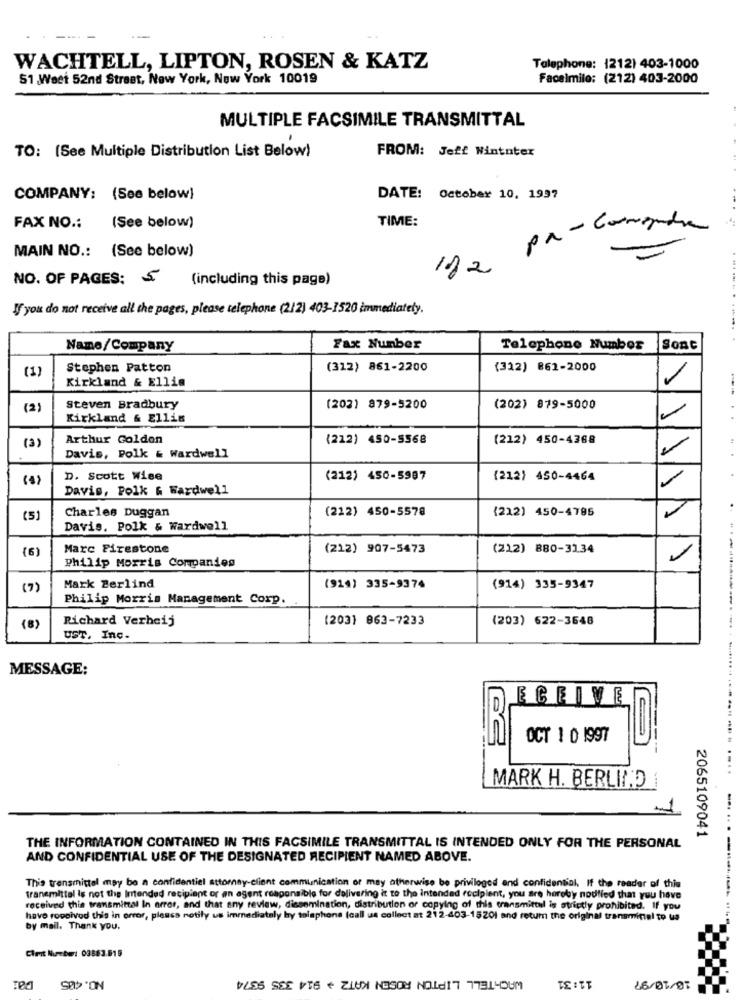
WACHTELL, LIPTON, ROSEN & KATZ
Telephone: (212) 403-1000
51 Weet 52nd Street, New York, New York 10019
Facelmilo: (212) 403-2000
MULTIPLE FACSIMILE TRANSMITTAL
TO: (See Multiple Distribution List Below)
FROM: Jeff Wintnter
...
COMPANY: (See below)
DATE: October 10, 1997
TIME:
FAX NO .:
(See below)
pa -comenda
MAIN NO .: (See below)
182
NO. OF PAGES: S
(including this page)
If you do not receive all the pages, please telephone (2/2) 403-1520 immediately.
Name/Company
Fax Number
Telephone Number
Sont
(1)
Stephen Patton
(312) 861-2200
(312) 862-2000
Kirkland & Ellis
-
(2)
Steven Bradbury
(202) 879-5200
(202) 879-5000
Kirkland & Ellis
Arthur Golden
(212) 450-5568
(212) 450-4368
(3)
Davis, Polk & Wardwell
D. Scott Wise
(212) 450-5987
(212) 450-4464
Davis, Polk & Wardwell
Charles Duggan
(212) 450-5578
(212) 450-4785
.
(5)
Davis. Polk & Wardwell
(6)
Marc Firestone
(212) 907-5473
(212) 880-3134
Philip Morris Companies
1
(7)
Mark Berlind
(914) 335-9374
(914) 335-9347
Philip Morris Management Corp.
Richard Verheij
(203) 863-7233
(203) 622-3648
(8)
UST, Inc.
MESSAGE:
ECEIVE
OCT 1 0 1997
....
MARK H. BERLIND
2065109041
THE INFORMATION CONTAINED IN THIS FACSIMILE TRANSMITTAL IS INTENDED ONLY FOR THE PERSONAL
AND CONFIDENTIAL USE OF THE DESIGNATED RECIPIENT NAMED ABOVE.
This transmittel may be n confidentiel attorney-client communication or may otherwise be privileged and confidential. If the reader of this
transmittal is not the Intended recipient or an agent responsible for delivering it to the intended recipient, you are hereby nodfied that you have
received this transmittal In error, and that any review, dissemination, distribution or copying of this transmittul is strictly prohibited. If you
have ropoived this in error, please notify us immediately by telephone (call us collect at 212-403-15201 and return the original transminel to us
--------------
by mail. Thank you.
Chart Number: 03863.515
NO.485
WACHTELL LIPTON ROSEN KAT2 + 914 335 9374
11:31